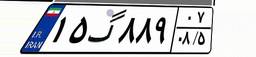
۱۵گ۸۸۹۰۷